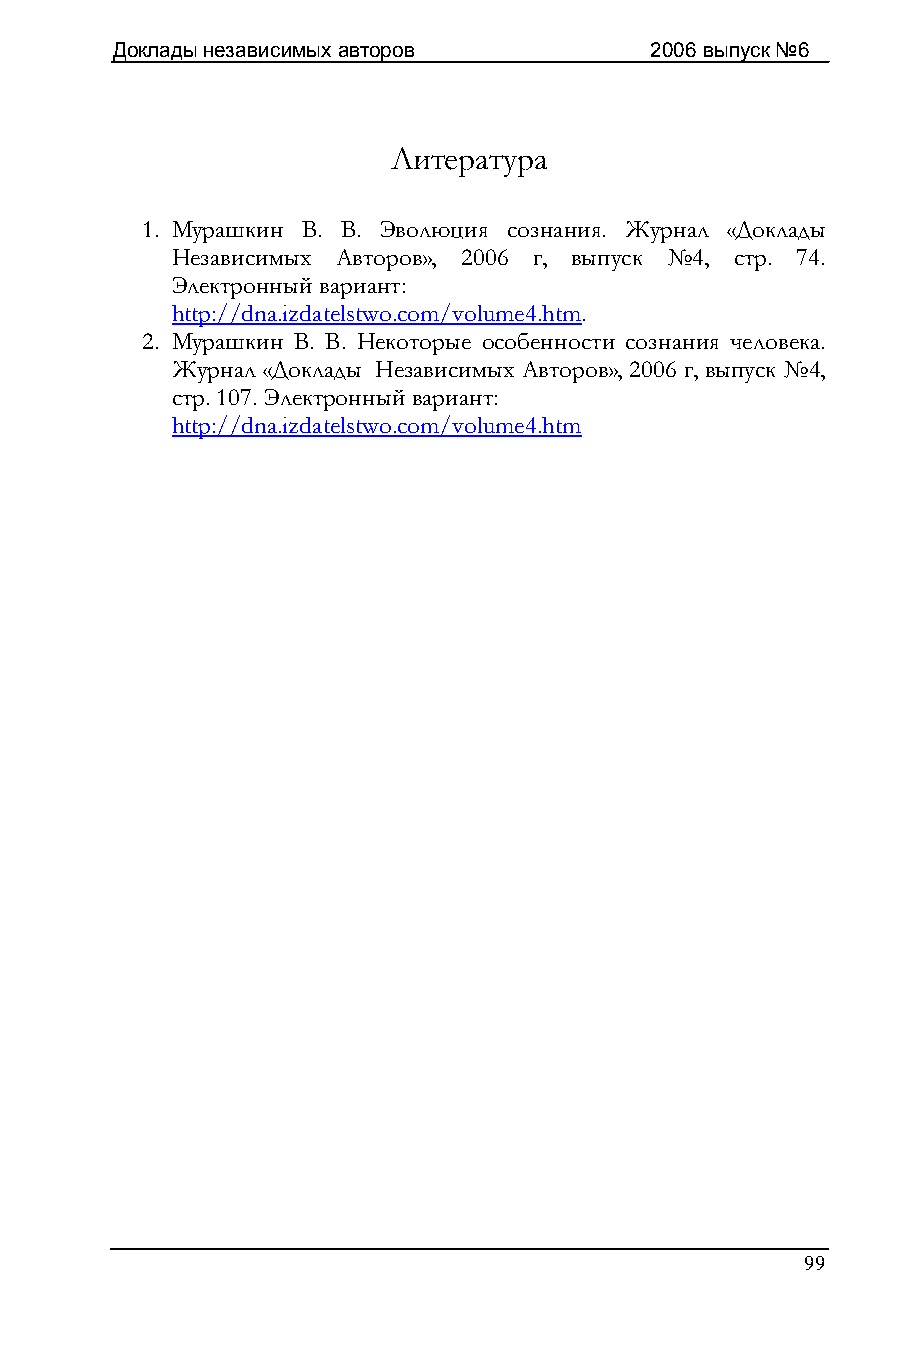
Доклады независимых авторов         2006 выпуск №6
 Литература
 1. Мурашкин В. В. Эволюция сознания. Журнал «Доклады
 Независимых Авторов», 2006 г, выпуск №4, стр. 74.
 Электронный вариант:
 http://dna.izdatelstwo.com/volume4.htm.
 2. Мурашкин В. В. Некоторые особенности сознания человека.
 Журнал «Доклады Независимых Авторов», 2006 г, выпуск №4,
 стр. 107. Электронный вариант:
 http://dna.izdatelstwo.com/volume4.htm
 99